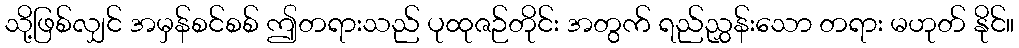
သို့ဖြစ်လျှင် အမှန်စင်စစ် ဤတရားသည် ပုထုဇဉ်တိုင်း အတွက် ရည်ညွှန်းသော တရား မဟုတ် နိုင်။